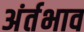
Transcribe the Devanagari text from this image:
अंर्तभाव